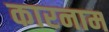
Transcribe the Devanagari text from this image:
कारनाम